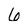
Character: 6